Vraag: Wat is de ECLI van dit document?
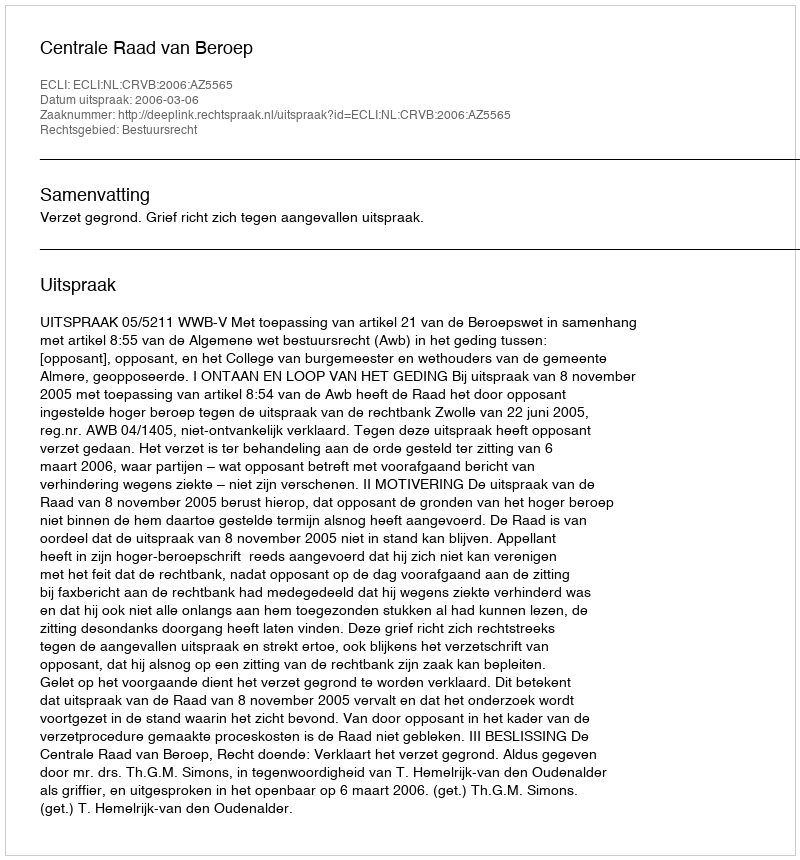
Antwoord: ECLI:NL:CRVB:2006:AZ5565